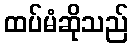
ထပ်မံဆိုသည်